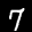
Label: 7